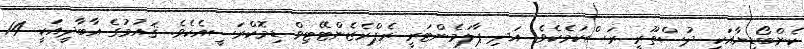
ކެންބޯޑިޔާއަކީ ދުސްތޫރީ ރަސްކަމެކެވެ. އަދި ޕާލަމެންޓަރީ ރެޕްރެޒެންޓޭޓިވް ޑިމޮކްރަސީއެކެވެ. ޤައުމުގެ އާބާދީއަކީ 14